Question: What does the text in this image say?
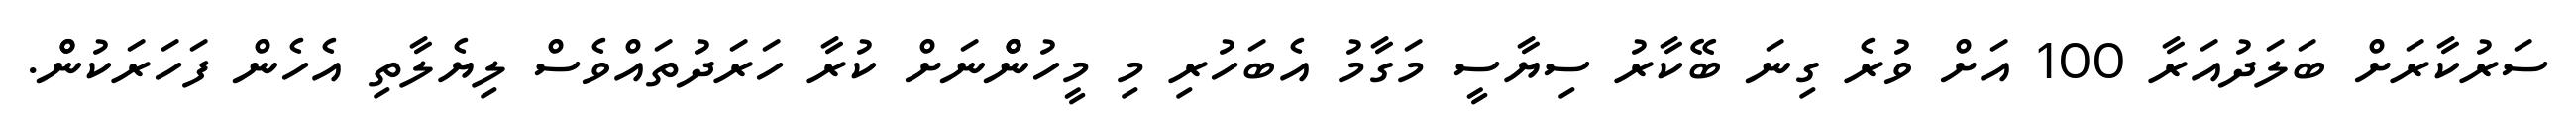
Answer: ސަރުކާރަށް ބަލަދުއަރާ 100 އަށް ވުރެ ގިނަ ބޭކާރު ސިޔާސީ މަގާމު އެބަހުރި މި މީހުންްނަށް ކުރާ ހަރަދުތައްވެސް ލިޔެލާތި އެހެން ފަހަރަކުންް.